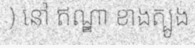
) នៅ ឥណ្ឌា ខាងត្បូង